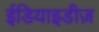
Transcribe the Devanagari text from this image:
ईडियाइडीज़